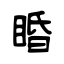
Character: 睧